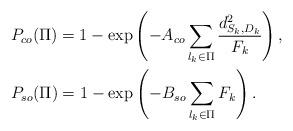
LaTeX: \begin{align*}& P_{co}(\Pi) =1- \exp\left(-A_{co} \sum\limits_{l_k \in \Pi}{\frac{d_{S_k,D_k}^2}{F_k}} \right), \\& P_{so}(\Pi) =1- \exp\left(-B_{so} \sum\limits_{l_k \in \Pi}{F_k}\right). \end{align*}